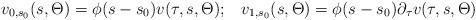
LaTeX: \begin{align*} v_{0,s_0} (s, \Theta) = \phi(s-s_0) v(\tau,s,\Theta);\;\;\; v_{1,s_0}(s,\Theta) = \phi(s-s_0) \partial_\tau v(\tau,s,\Theta)\end{align*}